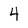
Character: 4